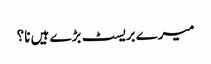
میرے بریسٹ بڑے ہیں نا؟